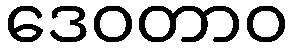
ဒေဝတာဝ